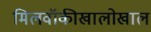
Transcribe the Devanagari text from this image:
मिलवॉकीखालोखाल